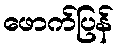
ဖောက်ပြန်